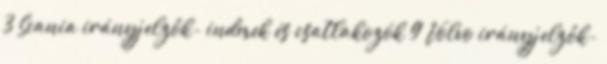
3 Scania irányjelzők- indexek és csatlakozók 9 Volvo irányjelzők-